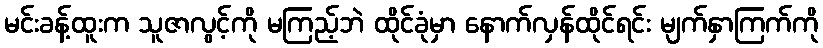
မင်းခန့်ထူးက သူဇာလွင့်ကို မကြည့်ဘဲ ထိုင်ခုံမှာ နောက်လှန်ထိုင်ရင်း မျက်နှာကြက်ကို